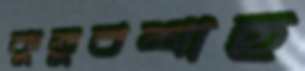
কুতুবশাহ